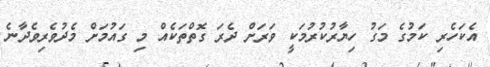
އެކަހެރި ކަމުގެ މަގު ހިޔާރުކުރުމަކީ ވަރަށް ދެރަ ގޮތްތަކެއް މި ގައުމަށް މެދުވެރިވެދާނެ